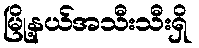
မြို့နယ်အသီးသီးရှိ